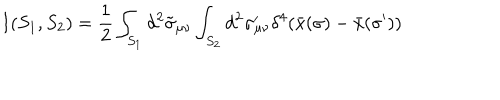
I ( S _ { 1 } , S _ { 2 } ) = \frac { 1 } { 2 } \int _ { S _ { 1 } } d ^ { 2 } \tilde { \sigma } _ { \mu \nu } \int _ { S _ { 2 } } d ^ { 2 } \sigma _ { \mu \nu } ^ { \prime } \delta ^ { 4 } ( \bar { x } ( \sigma ) - \bar { x } ( \sigma ^ { \prime } ) )